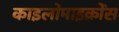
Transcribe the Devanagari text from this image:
काइलोमाइक्रोंस